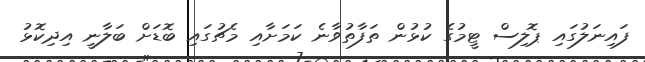
ފައިނަލުގައި ޕޮލިސް ޓީމުގެ ކުޅުން ތަފާތުވާނެ ކަމަށާއި މެޗުގައި ބޮޑަށް ބަލާނީ އިދިކޮޅު